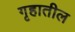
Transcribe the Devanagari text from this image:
गृहातील